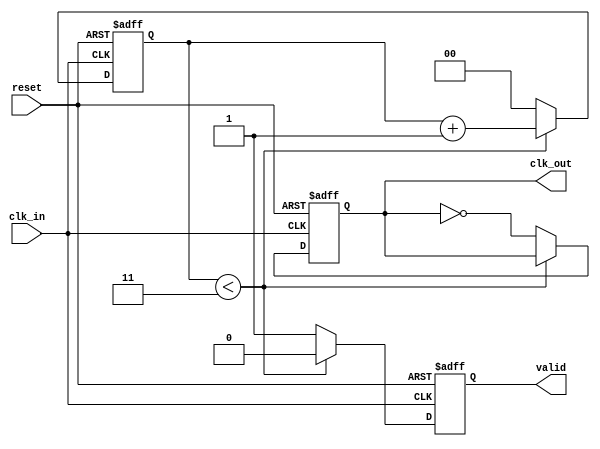
module clock_divider_buffer #(
    parameter DIV_FACTOR = 4 // Default division factor, can be overridden
)(
    input wire clk_in,        // Input clock signal
    input wire reset,         // Asynchronous reset signal
    output reg clk_out,       // Divided output clock signal
    output reg valid          // Valid signal indicating output clock stability
);

    // Internal counter
    reg [$clog2(DIV_FACTOR)-1:0] counter;

    // State machine to manage output clock toggling
    always @(posedge clk_in or posedge reset) begin
        if (reset) begin
            counter <= 0;        // Reset the counter
            clk_out <= 0;       // Reset output clock
            valid <= 0;         // Reset valid signal
        end else begin
            // Increment the counter on each rising edge of clk_in
            if (counter < DIV_FACTOR - 1) begin
                counter <= counter + 1;
                valid <= 0;       // Output clock not valid until toggled
            end else begin
                // Toggle clk_out when counter reaches DIV_FACTOR
                counter <= 0;     // Reset the counter
                clk_out <= ~clk_out; // Toggle output clock
                valid <= 1;       // Output clock is valid
            end
        end
    end

endmodule